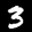
Label: 3